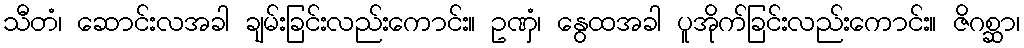
သီတံ၊ ဆောင်းလအခါ ချမ်းခြင်းလည်းကောင်း။ ဥဏှံ၊ နွေထအခါ ပူအိုက်ခြင်းလည်းကောင်း။ ဇိဂစ္ဆာ၊